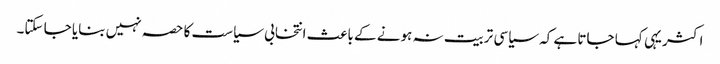
اکثر یہی کہا جاتا ہے کہ سیاسی تربیت نہ ہونے کے باعث انتخابی سیاست کا حصہ نہیں بنایا جا سکتا۔